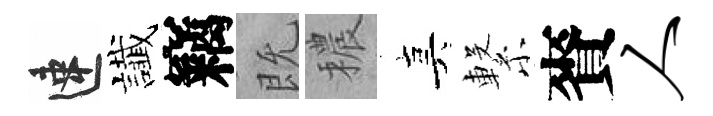
速䜟竊既穠真繋賚人